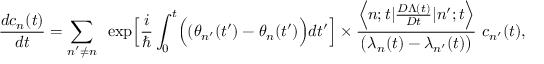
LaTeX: \frac { d c _ { n } ( t ) } { d t } = \sum _ { n ^ { \prime } \ne n } ~ \exp \Bigl [ \frac { i } { \hbar } \int _ { 0 } ^ { t } \Bigl ( ( \theta _ { n ^ { \prime } } ( t ^ { \prime } ) - \theta _ { n } ( t ^ { \prime } ) \Bigr ) d t ^ { \prime } \Bigr ] \times \frac { \Bigl < n ; t | \frac { { \cal D } \Lambda ( t ) } { { \cal D } t } | n ^ { \prime } ; t \Bigr > } { \bigl ( \lambda _ { n } ( t ) - \lambda _ { n ^ { \prime } } ( t ) \bigr ) } ~ c _ { n ^ { \prime } } ( t ) ,